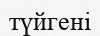
түйгені